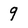
Character: 9